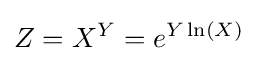
Z=X^{Y}=e^{Y\ln(X)}